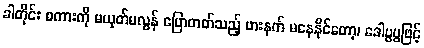
ခါတိုင်း စကားကို မယုတ်မလွန် ပြောတတ်သည့် ဗားနက် မနေနိုင်တော့၊ ဒေါပွပွဖြင့်